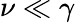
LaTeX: \nu\ll\gamma